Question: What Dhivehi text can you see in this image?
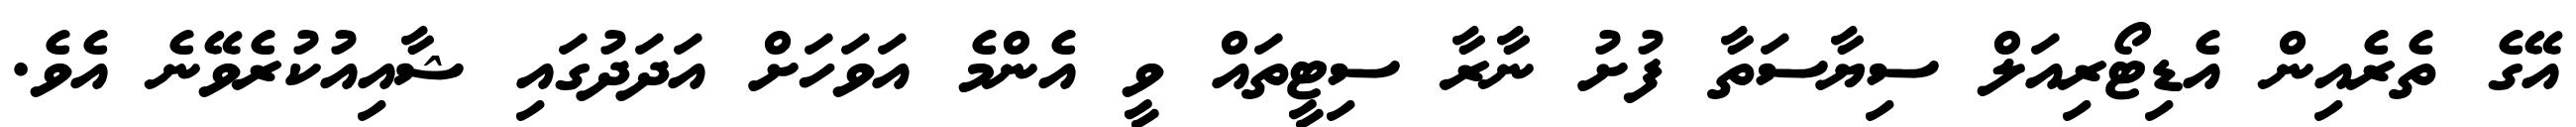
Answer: އޭގެ ތެރެއިން އެޑިޓޯރިއަލް ސިޔާސަތާ ފުށު ނާރާ ސިޓީތައް ވީ އެންމެ އަވަހަށް އަދަދުގައި ޝާއިއުކުރެވޭނެ އެވެ.